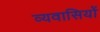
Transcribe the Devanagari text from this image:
व्यवासियों